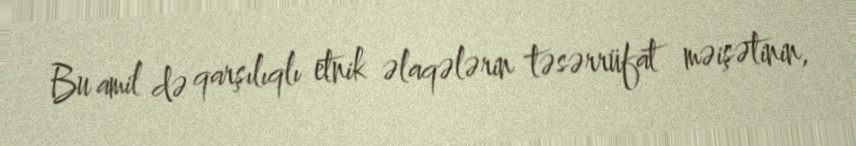
Bu amil də qarşılıqlı etnik əlaqələrin təsərrüfat məişətinin,